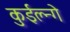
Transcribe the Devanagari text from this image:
कुईल्न्गे